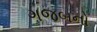
ગજબનો